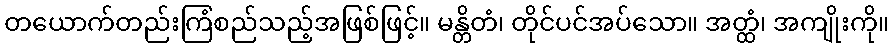
တယောက်တည်းကြံစည်သည့်အဖြစ်ဖြင့်။ မန္တိတံ၊ တိုင်ပင်အပ်သော။ အတ္ထံ၊ အကျိုးကို။